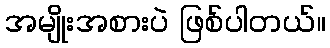
အမျိုးအစားပဲ ဖြစ်ပါတယ်။